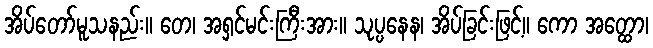
အိပ်တော်မူသနည်း။ တေ၊ အရှင်မင်းကြီးအား။ သုပ္ပနေန၊ အိပ်ခြင်းဖြင့်။ ကော အတ္ထော၊